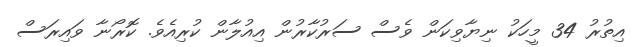
އިތުރު 34 މީހަކު ނިޔާވިކަން ވެސް ސަރުކާރުން އިއުލާން ކުރިއެވެ. ކޮރޯނާ ވައިރަސް